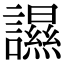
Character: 䜙